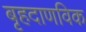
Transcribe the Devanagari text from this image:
बृहदाणविक